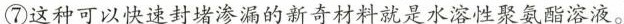
⑦这种可以快速封堵渗漏的新奇材料就是水溶性聚氨酯溶液。